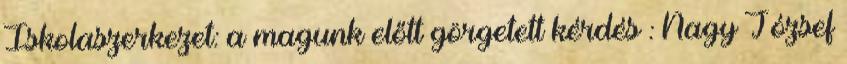
Iskolaszerkezet: a magunk előtt görgetett kérdés : Nagy József